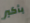
بأكبر